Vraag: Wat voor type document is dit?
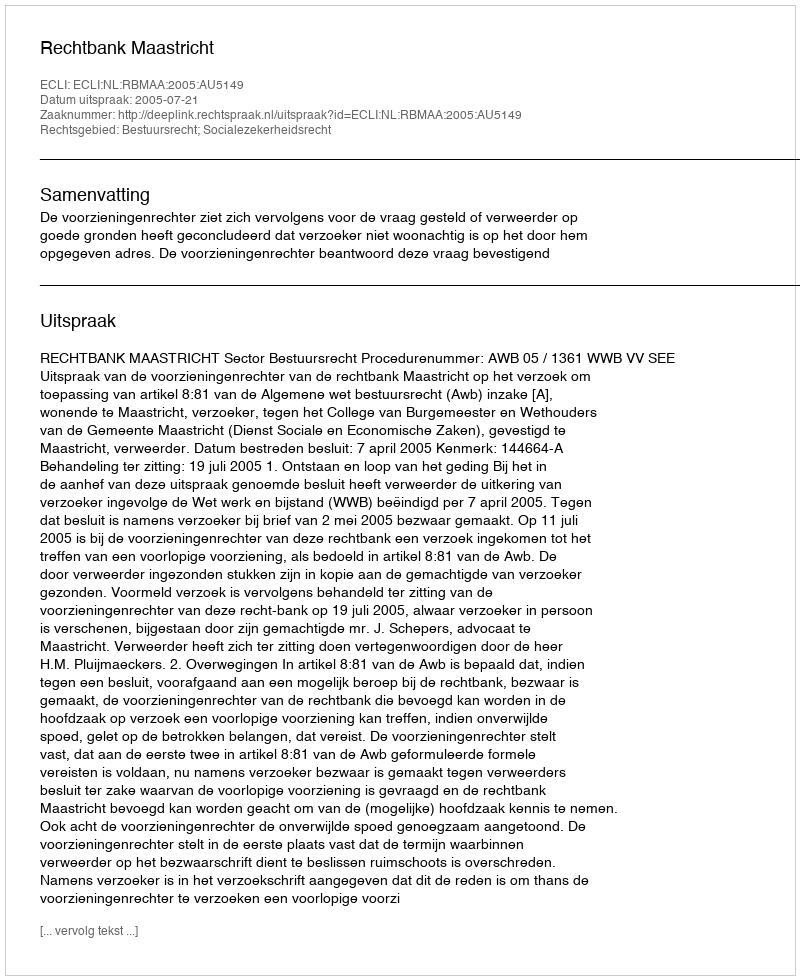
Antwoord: Uitspraak